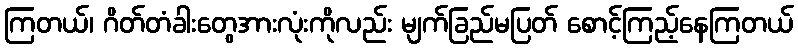
ကြတယ်၊ ဂိတ်တံခါးတွေအားလုံးကိုလည်း မျက်ခြည်မပြတ် စောင့်ကြည့်နေကြတယ်